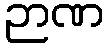
ဉာဏ